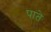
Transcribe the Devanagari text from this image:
पाते